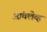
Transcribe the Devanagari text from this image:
आंक्लेव्ह